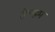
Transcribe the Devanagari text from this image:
हेन्ग्हम